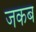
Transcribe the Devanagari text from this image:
जकब